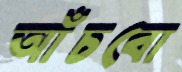
আঁচবো